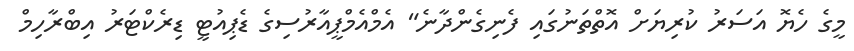
މީގެ ހެޔޮ އަސަރު ކުރިޔަށް އޮތްތަނުގައި ފެނިގެންދާނެ" އެމްއެމްޕީއާރުސިގެ ޑެޕިއުޓީ ޑިރެކްޓަރު އިބްރާހިމް